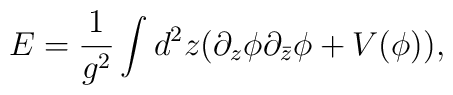
E = \frac{1}{g^2} \int d^2 z  (\partial _z \phi \partial _{\bar z} \phi + V(\phi) ),